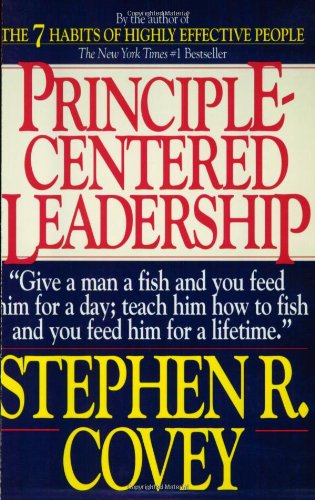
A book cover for Principle-Centered Leadership; Stephen R. Covey; Christian Books & Bibles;